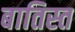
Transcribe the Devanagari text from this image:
बातिस्त